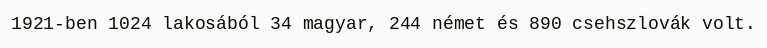
1921-ben 1024 lakosából 34 magyar, 244 német és 890 csehszlovák volt.